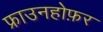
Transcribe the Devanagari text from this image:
फ्राउनहोफ़र